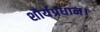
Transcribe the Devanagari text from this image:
शौर्यप्रधान।